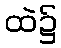
ထဲ၌